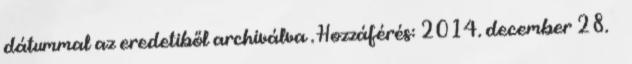
dátummal az eredetiből archiválva . Hozzáférés: 2014. december 28. ↑